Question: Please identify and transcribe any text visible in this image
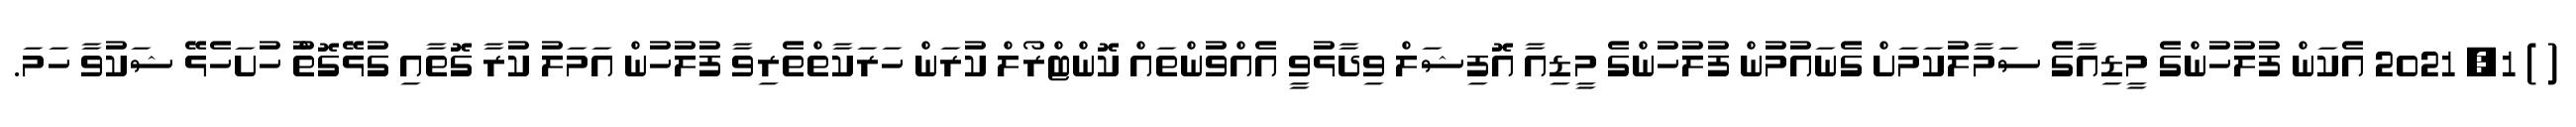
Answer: ( ) 1, 2021 އެކަން ފުލުހުންގެ މީޑިއާގެ ސަމާލުކަމަށް ގެނައުމުން ފުލުހުންގެ މީޑިއާ އޮފިޝަލް ވިދާޅުވީ އެއްވުންތައް ކޮންޓްރޯލް ކުރަން ހަރަކާތްތެރިވާ ފުލުހުން އަމަލު ކުރާ ގޮތާއި ގުޅޭގޮތުް ހުށަހެޅޭ ޝަކުވާ ހަމަ.